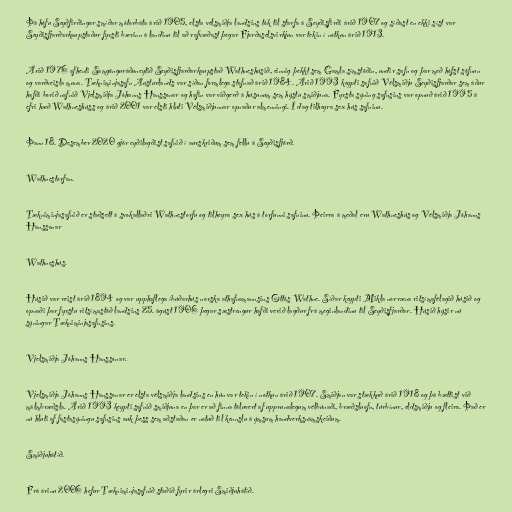
Þá hófu Seyðfirðingar smíðar mótorbáta árið 1905, elsta vélsmiðja landsins tók til starfa á Seyðisfirði árið 1907 og síðast en ekki síst var
Seyðisfjarðarkaupstaður fyrsti bærinn á landinu til að rafvæðast þegar Fjarðaselsvirkjun var tekin í notkun árið 1913.

Árið 1976 afhenti Samgönguráðuneytið Seyðisfjarðarkaupstað Wathneshúsið, einnig þekkt sem Gamla símstöðin, undir safn og þar með hófst söfnun
og varðveisla muna. Tækniminjasafn Austurlands var síðan formlega stofnað árið 1984. Árið 1993 keypti safnið Vélsmiðju Seyðisfjarðar sem áður
hafði borið nafnið Vjelsmiðja Jóhanns Hanssonar og hafin var viðgerð á húsunum sem hýstu smiðjuna. Fyrsta sýning safnsins var opnuð árið 1995 á
efri hæð Wathneshúss og árið 2001 var elsti hluti Vélsmiðjunnar opnaður almenningi. Í dag tilheyra sex hús safninu.

Þann 18. Desember 2020 gjör eyðilagðist safnið í aurskriðum sem fellu á Seyðisfjörð.

Wathnestorfan.

Tækniminjasafnið er staðsett á svokallaðri Wathnestorfu og tilheyra sex hús á torfunni safninu. Þeirra á meðal eru Wathneshús og Vélsmiðja Jóhanns
Hanssonar

Wathneshús.

Húsið var reist árið 1894 og var upphaflega íbúðarhús norska athafnamannsins Ottós Wathne. Síðar keypti Mikla norræna ritsímafélagið húsið og
opnaði þar fyrstu ritsímastöð landsins 25. ágúst 1906 þegar sæstrengur hafði verið lagður frá meginlandinu til Seyðisfjarðar. Húsið hýsir nú
sýningar Tækniminjasafnsins.

Vjelsmiðja Jóhanns Hanssonar.

Vjelsmiðja Jóhanns Hanssonar er elsta vélsmiðja landsins en hún var tekin í notkun árið 1907. Smiðjan var stækkuð árið 1918 og þá bættist við
málmbræðsla. Árið 1993 keypti safnið smiðjuna en þar er að finna töluvert af upprunalegum vélbúnaði, bræðsluofn, túrbínur, eldsmiðju og fleira. Það er
nú hluti af fastasýningu safnsins auk þess sem aðstaðan er notuð til kennslu á ýmsum handverksnámskeiðum.

Smiðjuhátíð.

Frá árinu 2006 hefur Tækniminjasafnið staðið fyrir árlegri Smiðjuhátíð.